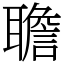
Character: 聸